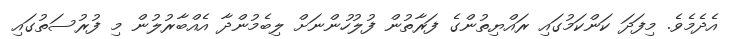
އެދެމެވެ. މިފަދަ ކަންކަމުގައި ރައްޔިތުންގެ ފަރާތުން ފުލުހުންނަށް ލިބެމުންދާ އެއްބާރުލުން މި ފުރުސަތުގައި